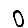
Digit: 0